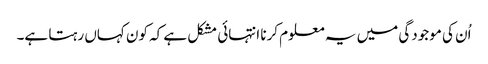
اُن کی موجودگی میں یہ معلوم کرنا انتہائی مشکل ہے کہ کون کہاں رہتا ہے۔